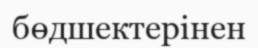
бөдшектерінен